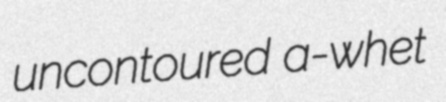
uncontoured a-whet